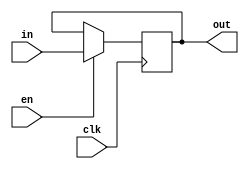
`timescale 1ns / 1ps

module D_TRIG(
    input clk,
    input in,
    input en,
    output out
);

reg value;

assign out = value;

always @(posedge clk) begin
    if (en == 1) begin
        value <= in;
    end
end

initial begin
    value = 0;
end

endmodule